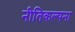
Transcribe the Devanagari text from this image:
नीतिकल्पना